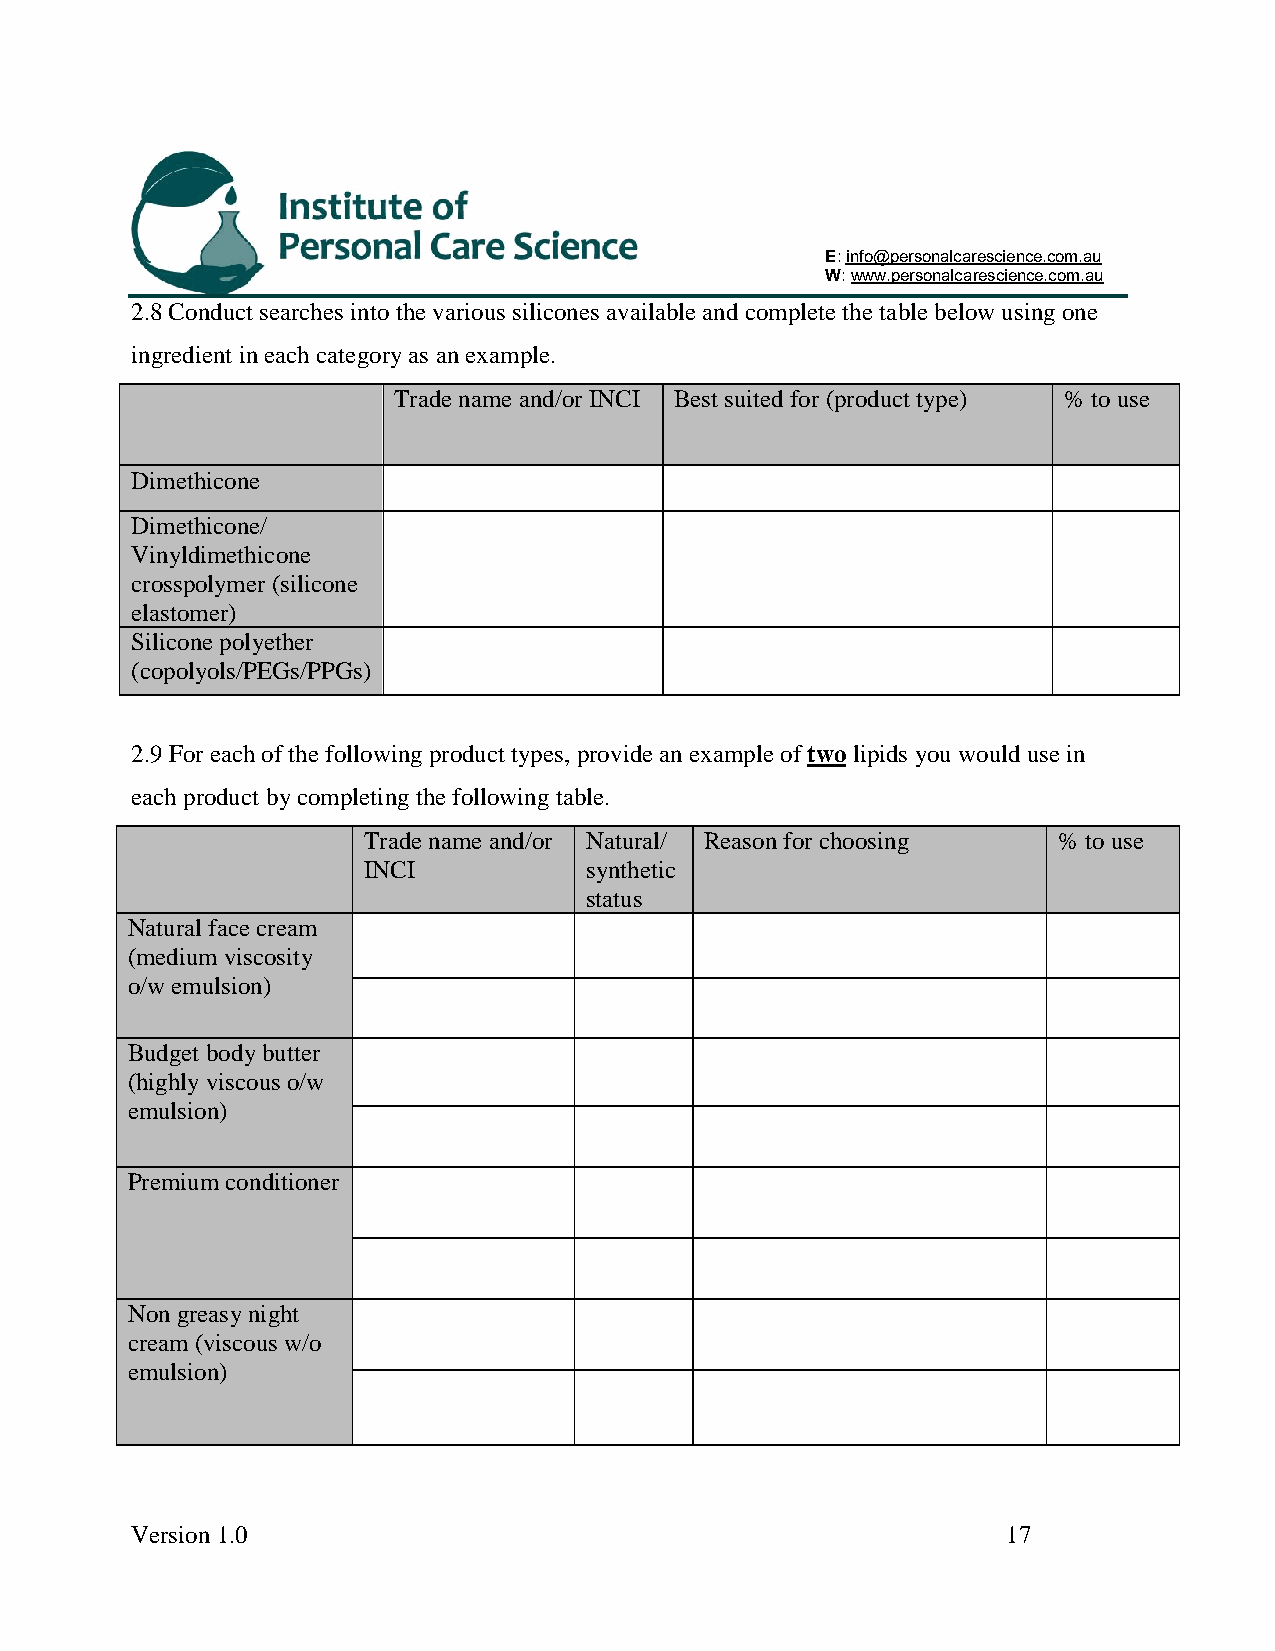
E: info@personalcarescience.com.au
 W: www.personalcarescience.com.au
 2.8 Conduct searches into the various silicones available and complete the table below using one
 ingredient in each category as an example.
 Trade name and/or INCI Best suited for (product type) % to use
 Dimethicone
 Dimethicone/
 Vinyldimethicone
 crosspolymer (silicone
 elastomer)
 Silicone polyether
 (copolyols/PEGs/PPGs)
 2.9 For each of the following product types, provide an example of two lipids you would use in
 each product by completing the following table.
 Trade name and/or Natural/ Reason for choosing % to use
 INCI           synthetic
 status
 Natural face cream
 (medium viscosity
 o/w emulsion)
 Budget body butter
 (highly viscous o/w
 emulsion)
 Premium conditioner
 Non greasy night
 cream (viscous w/o
 emulsion)
 Version 1.0                                               17